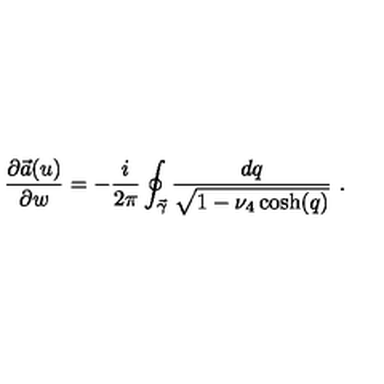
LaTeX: { \frac { \partial \vec { a } ( u ) } { \partial w } } = - { \frac { i } { 2 \pi } } \oint _ { \vec { \gamma } } { \frac { d q } { \sqrt { 1 - \nu _ { 4 } \cosh ( q ) } } } \ .